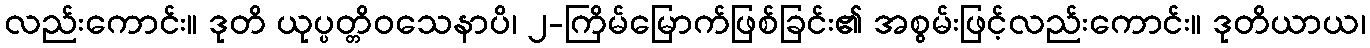
လည်းကောင်း။ ဒုတိ ယုပ္ပတ္တိဝသေနာပိ၊ ၂-ကြိမ်မြောက်ဖြစ်ခြင်း၏ အစွမ်းဖြင့်လည်းကောင်း။ ဒုတိယာယ၊